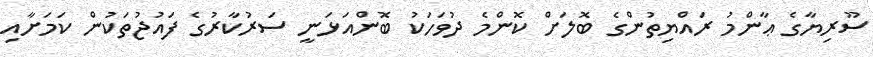
ސޫރިޔާގެ ޢާންމު ރައްޔިތުންގެ ބޮލަށް ކޮންމެ ދުވަހަކު ބޮންއަޅަނީ ސަރުކާރުގެ ފައުޖުތަކުން ކަމަށާއި